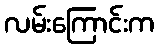
လမ်းကြောင်းက